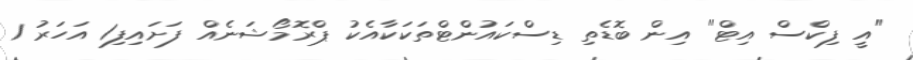
"އީ ފިކްސް އިޓް" އިން ބޮޑެތި ޑިސްކައުންޓްތަކަކާއެކު ޕްރޮމޯޝަނެއް ފަށައިފި1 އަހަރު 1